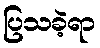
ပြသခဲ့ရာ